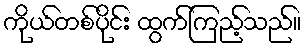
ကိုယ်တစ်ပိုင်း ထွက်ကြည့်သည်။